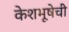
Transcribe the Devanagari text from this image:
केशभूषेची